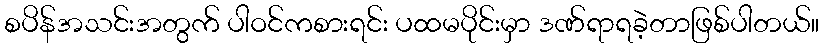
စပိန်အသင်းအတွက် ပါဝင်ကစားရင်း ပထမပိုင်းမှာ ဒဏ်ရာရခဲ့တာဖြစ်ပါတယ်။